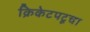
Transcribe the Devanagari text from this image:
क्रिकेटपटूचा